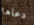
دعاها